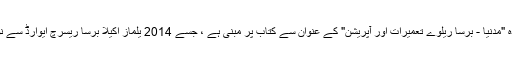
(یہ رپورٹ مصطفیٰ یزاکی کی تحریر کردہ "مدنیا - برسا ریلوے تعمیرات اور آپریشن" کے عنوان سے کتاب پر مبنی ہے ، جسے 2014 یلماز اکیلا برسا ریسرچ ایوارڈ سے نوازا گیا تھا اور نیلفر بلدیہ نے شائع کیا تھا۔